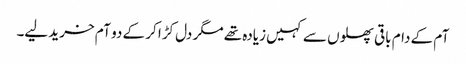
آم کے دام باقی پھلوں سے کہیں زیادہ تھے مگر دل کڑا کر کے دو آم خرید لیے۔